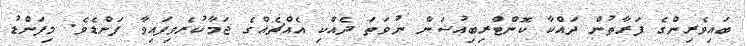
ބައިވެރިންގެ ފަރާތުން ދައްކާ ކޮންޓްރިބިއުޝަން ނުވަތަ ދެއްކި އެއްޗެއްގެ ޖަމާކުރެވިފައިވާ ފަންޑެވެ. މިފަންޑު